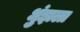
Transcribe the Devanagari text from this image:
धुंझला